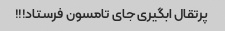
پرتقال ابگیری جای تامسون فرستاد!!!